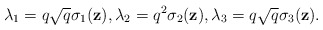
\begin{align*}\lambda_1=q\sqrt{q}\sigma_1(\textbf{z}),\lambda_2=q^2\sigma_2(\textbf{z}),\lambda_3=q\sqrt{q}\sigma_3(\textbf{z}).\end{align*}